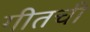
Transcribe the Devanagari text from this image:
गीतची